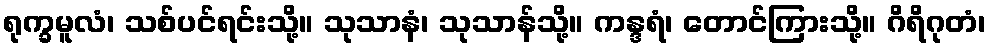
ရုက္ခမူလံ၊ သစ်ပင်ရင်းသို့။ သုသာနံ၊ သုသာန်သို့။ ကန္ဒရံ၊ တောင်ကြားသို့။ ဂိရိဂုတံ၊